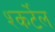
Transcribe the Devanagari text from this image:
श्कर्टेल